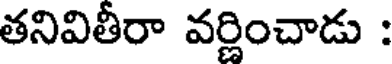
తనివితీరా వర్ణించాడు :